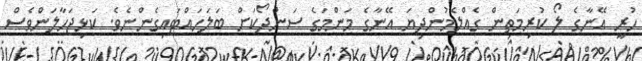
ހުރީ އޭނާގެ ލޯ ކުރިމަތިން ގެއްލެމުންދިޔަ އޭނާގެ މަންމަގެ ސަންދޯކަށް ބަލަހައްޓައިގެންނެވެ. ކަޅިޖަހާލަންވެސް